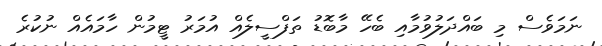
ނަމަވެސް މި ބައްދަލުވުމާއި ބެހޭ މާބޮޑު ތަފްސީލެއް އުމަރު ޓީމުން ހާމައެއް ނުކުރެ